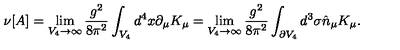
\nu [ A ] = \lim _ { V _ { 4 } \rightarrow \infty } \frac { g ^ { 2 } } { 8 \pi ^ { 2 } } \int _ { V _ { 4 } } d ^ { 4 } x \partial _ { \mu } K _ { \mu } = \lim _ { V _ { 4 } \rightarrow \infty } \frac { g ^ { 2 } } { 8 \pi ^ { 2 } } \int _ { \partial V _ { 4 } } d ^ { 3 } \sigma \hat { n } _ { \mu } K _ { \mu } .